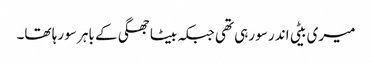
میری بیٹی اندر سو رہی تھی جبکہ بیٹا جھگی کے باہر سو رہا تھا۔